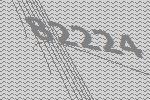
82224